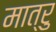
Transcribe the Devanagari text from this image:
मात्रु